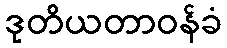
ဒုတိယတာဝန်ခံ